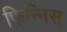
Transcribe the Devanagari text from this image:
फिन्निस